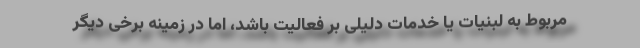
مربوط به لبنیات یا خدمات دلیلی بر فعالیت باشد، اما در زمینه برخی دیگر